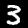
Label: 3